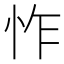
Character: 怍